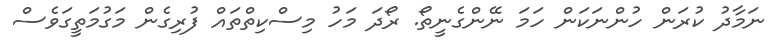
ނަމާދު ކުރަން ހުންނަކަން ހަމަ ނޭންގެނީތޯ. ރޯދަ މަހު މިސްކިތްތައް ފުރިގެން މަގުމަތީގަވެސް